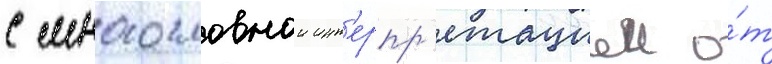
с многословнои инт'ерпр'етациеи о́т